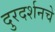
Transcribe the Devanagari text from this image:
दुरदर्शनचे